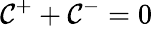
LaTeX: {\cal C}_{}^{\mathrm{{+}}}+{\cal C}_{}^{-}=0